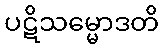
ပဋိသမ္မောဒတိ